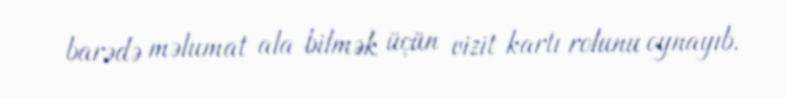
barədə məlumat ala bilmək üçün vizit kartı rolunu oynayıb.